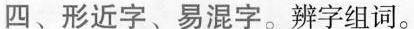
四、形近字、易混字。辨字组词。